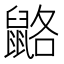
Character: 䶅